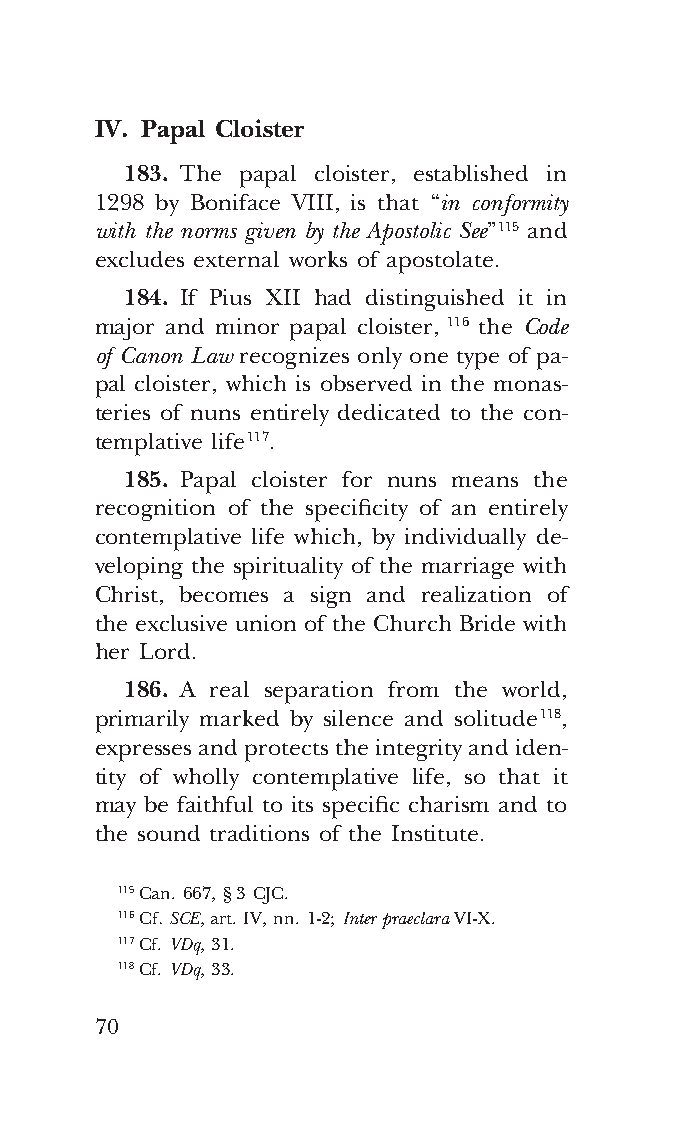
COR ORANS – NUOVO FORMATO – INGLESE 2ª BOZZA – 24 maggio 2018 – 11:12
 IV. Papal Cloister
 183. The papal cloister, established in
 1298 by Boniface VIII, is that “in conformity
 with the norms given by the Apostolic See” 115 and
 excludes external works of apostolate.
 184. If Pius XII had distinguished it in
 major and minor papal cloister, 116 the Code
 of Canon Law recognizes only one type of pa-
 pal cloister, which is observed in the monas-
 teries of nuns entirely dedicated to the con-
 templative life 117.
 185. Papal cloister for nuns means the
 recognition of the specificity of an entirely
 contemplative life which, by individually de-
 veloping the spirituality of the marriage with
 Christ, becomes a sign and realization of
 the exclusive union of the Church Bride with
 her Lord.
 186. A real separation from the world,
 primarily marked by silence and solitude 118,
 expresses and protects the integrity and iden-
 tity of wholly contemplative life, so that it
 may be faithful to its specific charism and to
 the sound traditions of the Institute.
 115 Can. 667, § 3 CJC.
 116 Cf. SCE, art. IV, nn. 1-2; Inter praeclara VI-X.
 117 Cf. VDq, 31.
 118 Cf. VDq, 33.
 70